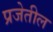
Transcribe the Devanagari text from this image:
प्रजेतील